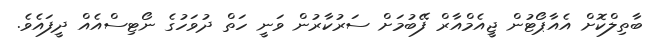
ބާތިލްކޮށް އެއާޕޯޓުން ޖީއެމްއާރް ފޭބުމަށް ސަރުކާރުން ވަނީ ހަތް ދުވަހުގެ ނޯޓިސްއެއް ދީފައެވެ.